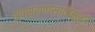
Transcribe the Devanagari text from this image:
अपसरणासाठीसुद्धा